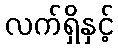
လက်ရှိနှင့်